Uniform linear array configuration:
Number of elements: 8
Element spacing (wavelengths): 1
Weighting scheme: hann
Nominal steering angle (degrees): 60
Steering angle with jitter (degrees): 61.336
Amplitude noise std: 0.05
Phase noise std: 0.05

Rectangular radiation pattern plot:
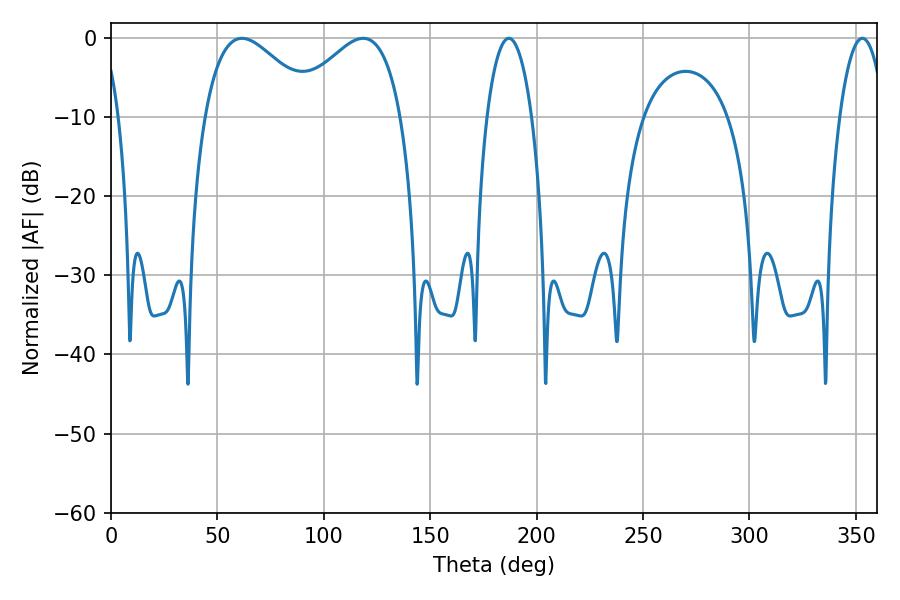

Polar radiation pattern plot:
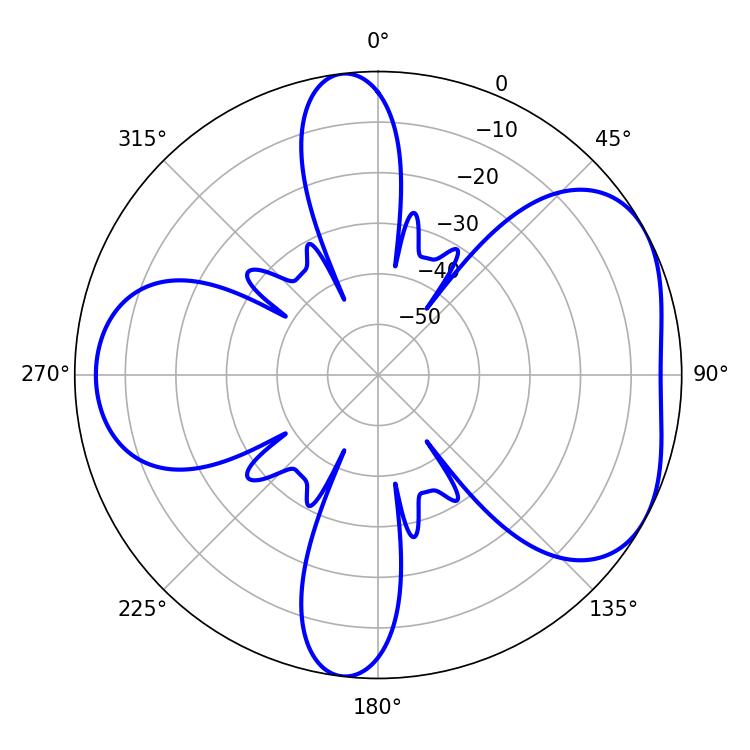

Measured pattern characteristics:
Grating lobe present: TRUE
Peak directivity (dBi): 4.806
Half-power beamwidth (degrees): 28.26
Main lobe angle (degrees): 61.56